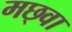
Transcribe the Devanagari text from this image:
मछ्वा